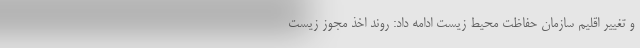
و تغییر اقلیم سازمان حفاظت محیط زیست ادامه داد: روند اخذ مجوز زیست